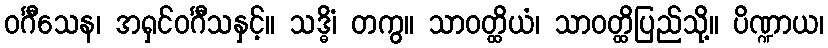
ဝင်္ဂီသေန၊ အရှင်ဝင်္ဂီသနှင့်။ သဒ္ဓိံ၊ တကွ။ သာဝတ္ထိယံ၊ သာဝတ္ထိပြည်သို့။ ပိဏ္ဍာယ၊